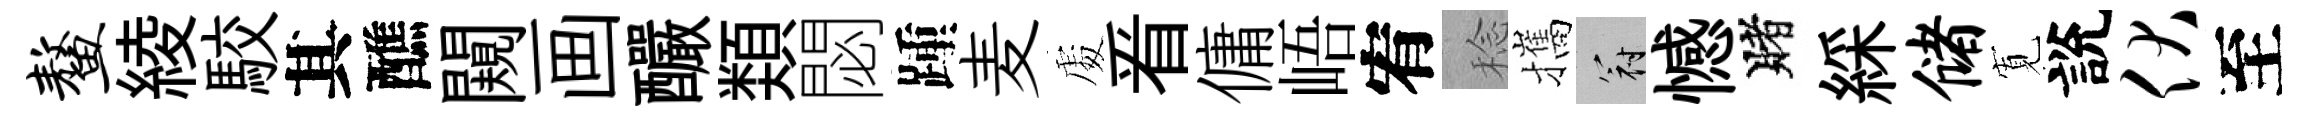
鳌綾駮其醮闚画釅𩔖閟踵麦𠁅㸔傭峿宥稔攜冠憾賭綵储𡩖說伏至